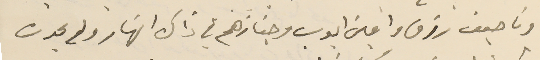
وناصيف رزق وامين ايوب وجنازَهم في ذاك النهار ولم يحدث